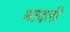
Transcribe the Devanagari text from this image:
भादली